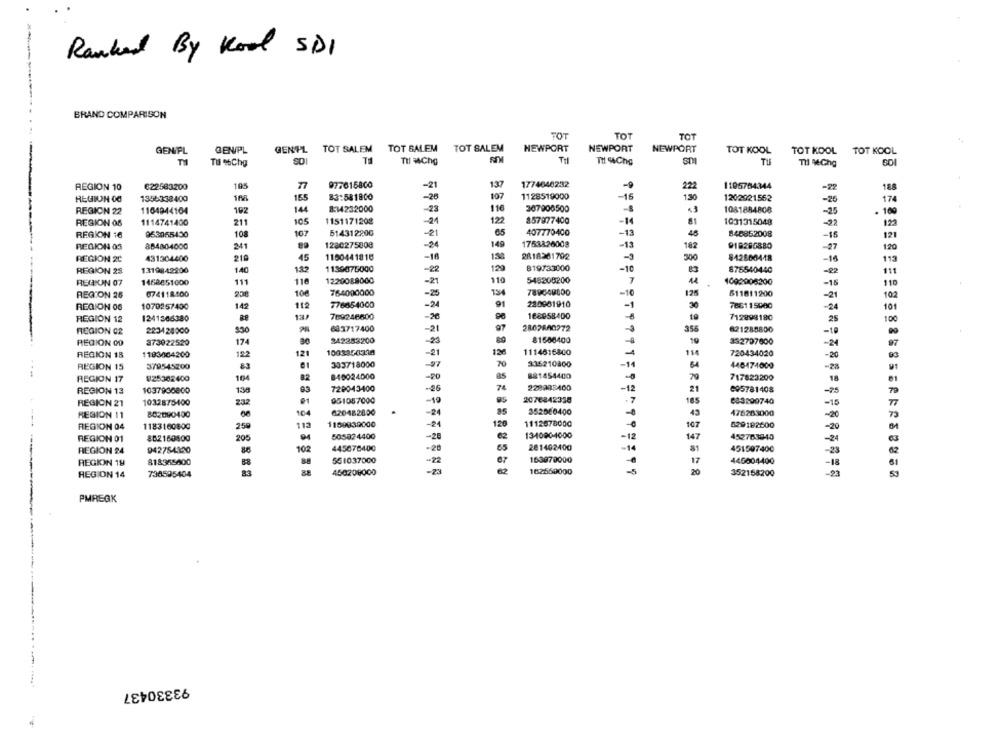
Ranked By Kood SDI
BRAND COMPARISON
TOT
TOT
TOT
GENIPL TOT SALEM TOT BALEM TOT SALEM
NEWPORT
NEWPORT
NEWPORT
GENIPL
GENPL
TOT KOOL
TOT KOOL
TOT KOOL
Tu asChg
S0
TH
TIl MAChG
Til
SDI
TU
622583200
105
977615800
-21
137
1774640232
1105764344
REGION 10
222
188
REGION OG
1346338400
155
83:581800
-26
107
1128519000
-15
130
1202921552
-26
174
144
8:14232000
110
REGION 22
1104944104
192
-23
307908500
43
1081884808
-25
. 100
REGION 06
1114741400
211
105
1151171208
-21
12
857977400
-H
1031315048
123
514312200
65
REGION 16
953055430
108
107
21
407770400
-13
48
846852008
16
121
884804000
1280275808
149
1753826008
-13
918280880
REGION 05
241
-24
182
-27
120
REGION 20
431304400
210
45
1150441815
2818261792
300
#12660448
16
113
182
1139076000
129
819733000
REGION 23
1319842900
140
-22
-10
876540440
-22
111
REGION 07
1468851000
111
116
1220088000
-21
119
548208200
1002006200
110
-15
REGION 26
074118400
200
100
764000000
-25
789640000
611011200
-21
102
14
112
776654000
-24
91
280961910
788115000
REGION OS
107025/400
-24
101
REGION 12
1241366380
769246600
-26
168058400
712898180
25
100
97
2807800272
REGION 02
223428000
683717400
-21
358
821285800
REGION OD
373022520
174
342253200
89
81606400
332707900
97
-24
REGION 18
1183004200
12
121
1003850328
-21
12
11146:6800
720434020
-20
303718000
70
935210800
-14
REGION 15
379545200
83
-27
446474000
-28
REGION 17
V25302400
164
02
840024000
-20
881454400
717823200
18
REGION 13
1037930800
13
720043400
-26
74
228998400
1
005781408
-75
2.32
951087000
-19
2076842338
7
083299740
REGION 21
1032875400
-15
REGION 11
802090400
104
620482800
-24
85
352060400
476263000
-20
73
1159930000
-24
120
1112678000
029182600
REGION 04
1183160800
250
113
-20
802160800
205
505824400
-25
€2
134080-4000
-12
452763840
-24
REGION 01
20
REGION 24
942754320
102
445676400
201402400
451597400
-23
818955600
551037000
-- 22
163870000
446004400
REGION 19
88
-18
REGION 14
738595404
83
450208000
-23
162560000
-5
20
352158200
-23
53
PMREGK
93330437